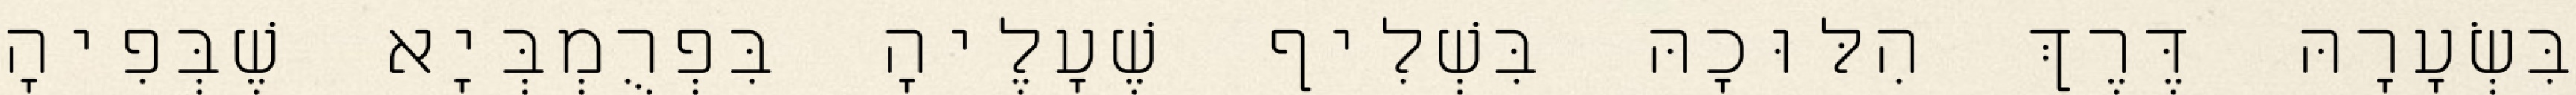
בִּשְׂעָרָהּ דֶּרֶךְ הִלּוּכָהּ בִּשְׁלִיף שֶׁעָלֶיהָ בִּפְרֻמְבְּיָא שֶׁבְּפִיהָ